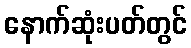
နောက်ဆုံးပတ်တွင်